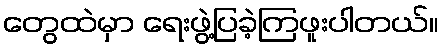
တွေထဲမှာ ရေးဖွဲ့ပြခဲ့ကြဖူးပါတယ်။